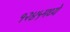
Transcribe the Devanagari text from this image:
१२४५मध्ये